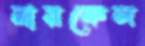
নারকেল